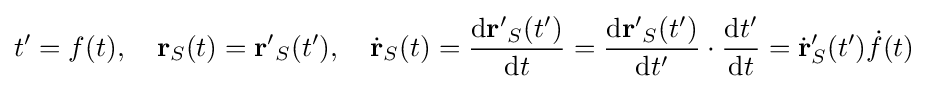
t'=f(t),\quad \mathbf {r} _{S}(t)=\mathbf {r'} _{S}(t'),\quad {\dot {\mathbf {r} }}_{S}(t)={\dfrac {\mathrm {d} \mathbf {r'} _{S}(t')}{\mathrm {d} t}}={\dfrac {\mathrm {d} \mathbf {r'} _{S}(t')}{\mathrm {d} t'}}\cdot {\dfrac {\mathrm {d} t'}{\mathrm {d} t}}={\dot {\mathbf {r} }}_{S}'(t'){\dot {f}}(t)